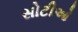
સોટીઓ